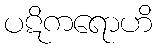
ပဋိကရောဟိ